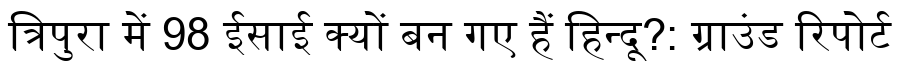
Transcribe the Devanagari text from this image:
त्रिपुरा में 98 ईसाई क्यों बन गए हैं हिन्दू?: ग्राउंड रिपोर्ट